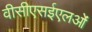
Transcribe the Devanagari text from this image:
वीसीएसईएलओं